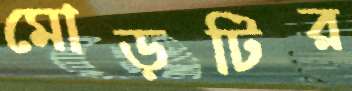
মোড়টির